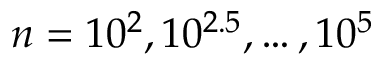
n = 1 0 ^ { 2 } , 1 0 ^ { 2 . 5 } , \dots , 1 0 ^ { 5 }